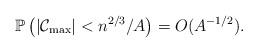
LaTeX: \begin{align*}\mathbb{P}\left(|\mathcal C_{\max}|<n^{2/3}/A\right)= O(A^{-1/2}).\end{align*}